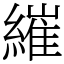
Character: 繀